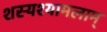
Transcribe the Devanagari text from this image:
शस्यश्यामलाम्